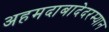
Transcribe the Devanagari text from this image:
अहमदाबादेदरम्यान